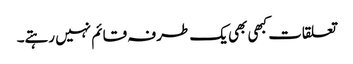
تعلقات کبھی بھی یک طرفہ قائم نہیں رہتے۔